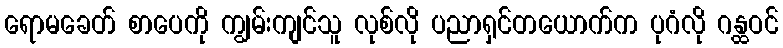
ရောမခေတ် စာပေကို ကျွမ်းကျင်သူ လုစ်လို ပညာရှင်တယောက်က ပုဂံလို ဂန္ထဝင်